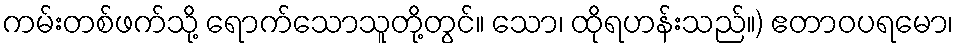
ကမ်းတစ်ဖက်သို့ ရောက်သောသူတို့တွင်။ သော၊ ထိုရဟန်းသည်။) ဧတာဝပရမော၊